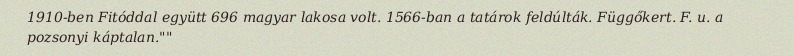
1910-ben Fitóddal együtt 696 magyar lakosa volt. 1566-ban a tatárok feldúlták. Függőkert. F. u. a pozsonyi káptalan.""